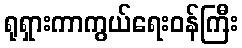
ရုရှားကာကွယ်ရေးဝန်ကြီး